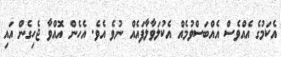
އެކަމުގެ އެއްވެސް އެއްބަސްވުމެއް އެކުލަވާލާފައެއް ނުވެ އެވެ. އެހެން އޮއްވާ ޖެހިގެން އައި